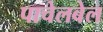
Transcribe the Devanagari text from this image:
पाचेलबेल